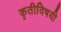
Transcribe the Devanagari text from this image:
कृतीविषयी